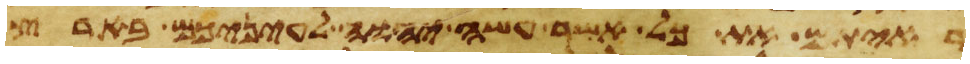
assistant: ראיתם את כל אשר עשה יהוה לעיניכם בארץ